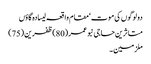
دولوگوں کی موت‘ مقام واقعہ لیسادہ گاؤں
متاثرین حاجی نبو عمر (80)ظفرین (75)
ملزمین ۔